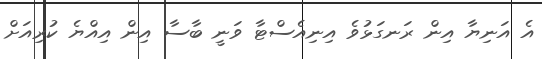
އެ އަނިޔާ އިން ރަނގަޅުވެ އިނިއެސްޓާ ވަނީ ބާސާ އިން އިއްޔެ ކުރިއަށް